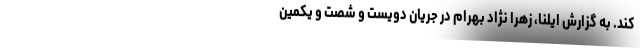
کند. به گزارش ایلنا، زهرا نژاد بهرام در جریان دویست و شصت و یکمین